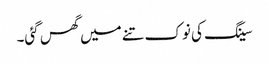
سینگ کی نوک تنے میں گھس گئی۔